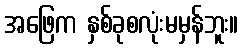
အဖြေက နှစ်ခုစလုံးမမှန်ဘူး။